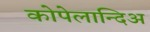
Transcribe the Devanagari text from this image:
कोपेलान्दिअ